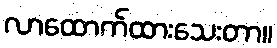
လာထောက်ထားသေးတာ။